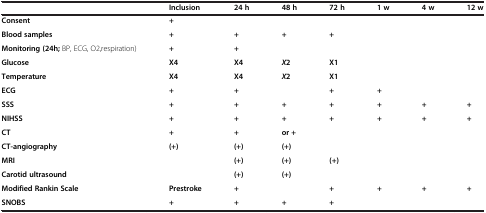
|  | Inclusion | 24 h | 48 h | 72 h | 1 w | 4 w | 12 w |
 | --- | --- | --- | --- | --- | --- | --- | --- |
 | Consent | + |  |  |  |  |  |  |
 | Blood samples | + | + | + | + |  |  |  |
 | Monitoring (24h; BP, ECG, O2,respiration) | + | + |  |  |  |  |  |
 | Glucose | X4 | X4 | X2 | X1 |  |  |  |
 | Temperature | X4 | X4 | X2 | X1 |  |  |  |
 | ECG | + | + |  | + | + |  |  |
 | SSS | + | + | + | + | + | + | + |
 | NIHSS | + | + | + | + | + | + | + |
 | CT | + | + | or + |  |  |  |  |
 | CT-angiography | (+) | (+) | (+) |  |  |  |  |
 | MRI |  | (+) | (+) | (+) |  |  |  |
 | Carotid ultrasound |  | (+) | (+) |  |  |  |  |
 | Modified Rankin Scale | Prestroke | + |  | + | + | + | + |
 | SNOBS | + | + | + | + |  |  |  |